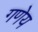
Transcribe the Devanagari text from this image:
गणेय